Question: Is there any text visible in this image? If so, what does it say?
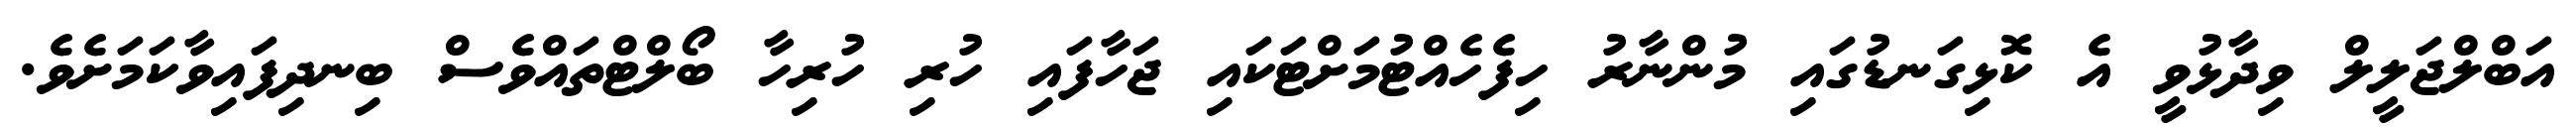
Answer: އަބްލްޖަލީލް ވިދާޅުވީ އެ ކޮޅިގަނޑުގައި މުންނާރު ހިފެހެއްޓުމަށްޓަކައި ޖަހާފައި ހުރި ހުރިހާ ބޯލްޓްތައްވެސް ބިނދިފައިވާކަމަށެވެ.